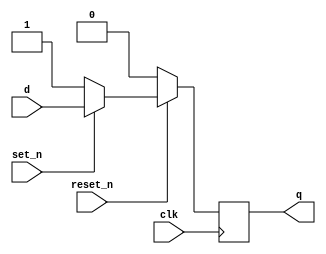
module _dff_rs_sync(clk, set_n, reset_n, d, q);
	input clk, set_n, reset_n, d;		// 4 inputs
	output q;								// output q
	reg q;									// input q
	
	always@ (posedge clk)
	begin
		if(reset_n==0) 	q<=1'b0;		// is reset_n=0? if yes, input 0 to q
		else if(set_n==0) q<=1'b1;		// or set_n=0? if yes, input 1 to q
		else					q<=d;			// unless input d to q
	end
	
endmodule